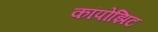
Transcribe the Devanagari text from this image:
कांपोझिट